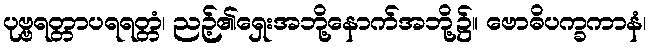
ပုဗ္ဗရတ္တာပရရတ္တံ၊ ညဉ့်၏ရှေးအဘို့နောက်အဘို့၌။ ဗောဓိပက္ခကာနံ၊